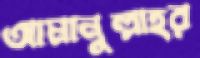
আমানুল্লাহর